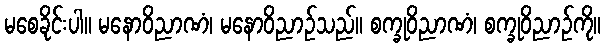
မစေခိုင်းပါ။ မနောဝိညာဏံ၊ မနောဝိညာဉ်သည်။ စက္ခုဝိညာဏံ၊ စက္ခုဝိညာဉ်ကို။